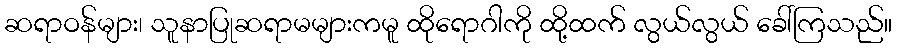
ဆရာဝန်များ၊ သူနာပြုဆရာမများကမူ ထိုရောဂါကို ထို့ထက် လွယ်လွယ် ခေါ်ကြသည်။